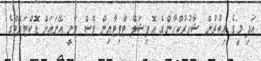
އަދި މީގެ އިތުރުން ޝާހުރުކްހާންގެ އޮފިޝަލް ޓްވިޓާއިން ވެސް ވަނީ އޭނައަށް ޑޮކްޓަރޭޓްގެ